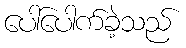
ပေါ်ပေါက်ခဲ့သည်